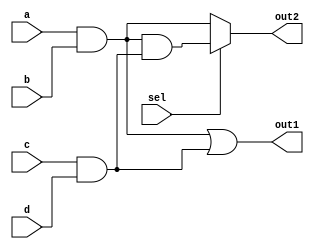
module combinational_logic (
    input wire a,
    input wire b,
    input wire c,
    input wire d,
    input wire sel, // Control signal for multiplexer
    output wire out1,
    output wire out2
);

// Intermediate variables for common sub-expressions
wire ab; // Common sub-expression for a AND b
wire cd; // Common sub-expression for c AND d
wire ab_cd; // Common sub-expression for ab AND cd

// Common sub-expression calculations
assign ab = a & b; // a AND b
assign cd = c & d; // c AND d
assign ab_cd = ab & cd; // ab AND cd

// Output logic using common sub-expressions
assign out1 = ab | cd; // Example output 1: a AND b OR c AND d
assign out2 = (sel) ? ab_cd : ab; // Example output 2: MUX based on sel

endmodule